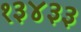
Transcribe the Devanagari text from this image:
१३४३३